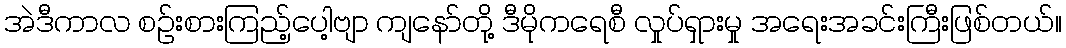
အဲဒီကာလ စဉ်းစားကြည့်ပေါ့ဗျာ ကျနော်တို့ ဒီမိုကရေစီ လှုပ်ရှားမှု အရေးအခင်းကြီးဖြစ်တယ်။